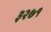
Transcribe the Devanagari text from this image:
३२७१